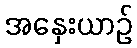
အနှေးယာဉ်